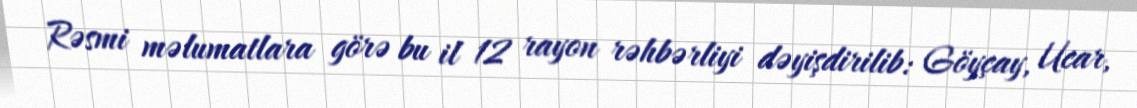
Rəsmi məlumatlara görə bu il 12 rayon rəhbərliyi dəyişdirilib: Göyçay, Ucar,